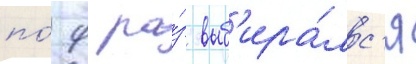
по́ 9 ра́з выб'ира́лс'я